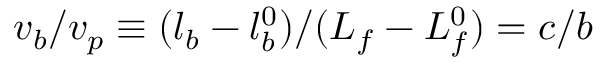
v _ { b } / v _ { p } \equiv ( l _ { b } - l _ { b } ^ { 0 } ) / ( L _ { f } - L _ { f } ^ { 0 } ) = c / b